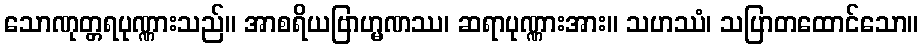
သောဏုတ္တရပုဏ္ဏားသည်။ အာစရိယဗြာဟ္မဏဿ၊ ဆရာပုဏ္ဏားအား။ သဟဿံ၊ သပြာတထောင်သော။